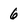
Character: 6